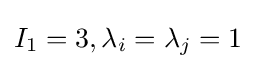
I_{1}=3,\lambda _{i}=\lambda _{j}=1